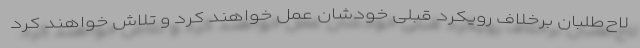
لاح‌طلبان برخلاف رویکرد قبلی خودشان عمل خواهند کرد و تلاش خواهند کرد